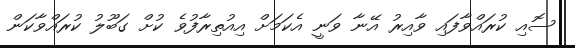
ސޮއި ކުރައްވާފައި ވާއިރު އޭނާ ވަނީ އެކަމަށް އިއުތިރާފުވެ ކުށް ގަބޫލު ކުރައްވާކަން